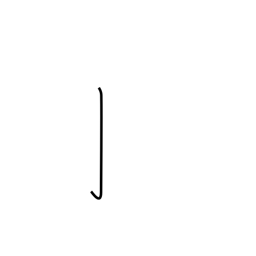
Meaning: barb radical (no. 6)